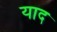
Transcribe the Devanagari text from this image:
याद